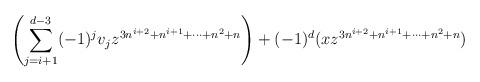
LaTeX: \begin{align*}\left(\sum_{j=i+1}^{d-3}(-1)^{j}v_jz^{3n^{i+2}+n^{i+1}+\cdots+n^2+n}\right)+(-1)^{d}(xz^{3n^{i+2}+n^{i+1}+\cdots+n^2+n})\end{align*}